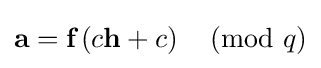
{\textbf {a}}={\textbf {f}}\left(c{\textbf {h}}+c\right){\pmod {q}}